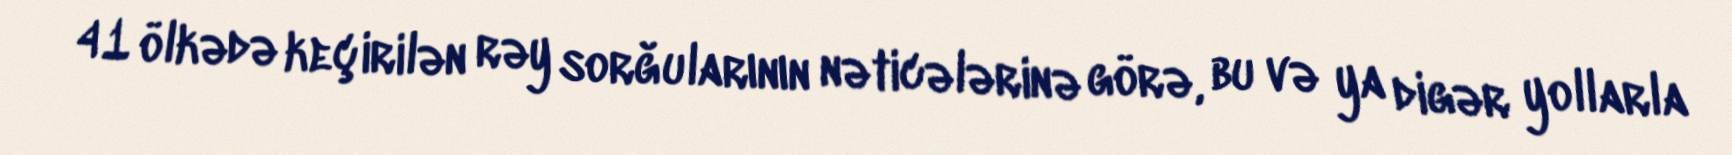
41 ölkədə keçirilən rəy sorğularının nəticələrinə görə, bu və ya digər yollarla